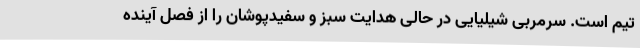
تیم است. سرمربی شیلیایی در حالی هدایت سبز و سفیدپوشان را از فصل آینده